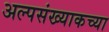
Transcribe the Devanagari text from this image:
अल्पसंख्याकच्या